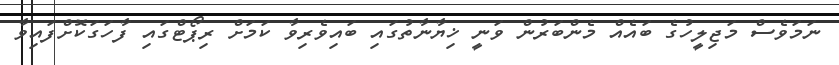
ނަމަވެސް މަޖިލީހުގެ ބައެއް މެންބަރުން ވަނީ ޚިޔާނާތުގައި ބައިވެރިވާ ކަމަށް ރިޕޯޓްގައި ފާހަގަކޮށްފައިވާ